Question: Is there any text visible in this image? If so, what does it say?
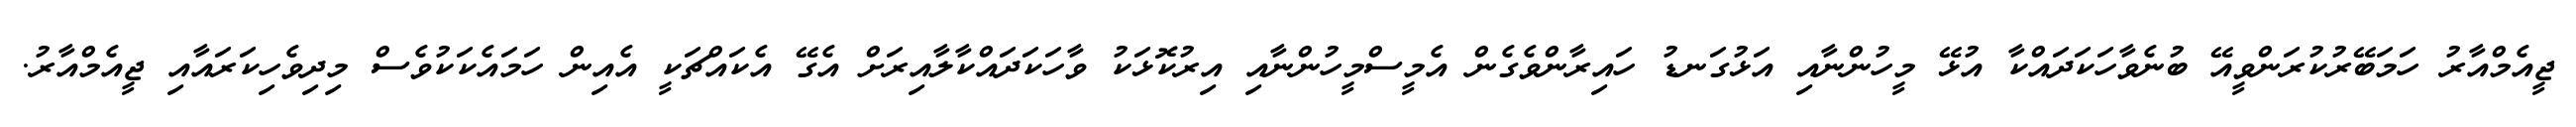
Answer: ޖީއެމްއާރު ހަމަބޭރުކުރަންވީއޭ ބުނެވާހަކަދައްކާ އުޅޭ މީހުންނާއި އަޅުގަނޑު ހައިރާންވެގެން އެމީސްމީހުންނާއި އިރުކޮޅަކު ވާހަކަދައްކާލާއިރަށް އެގޭ އެކައްޗަކީ އެއިން ހަމައެކަކުވެސް މިދިވެހިކަރައާއި ޖީއެމްއާރު.